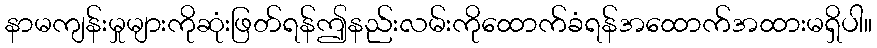
နာမကျန်းမှုများကိုဆုံးဖြတ်ရန်ဤနည်းလမ်းကိုထောက်ခံရန်အထောက်အထားမရှိပါ။